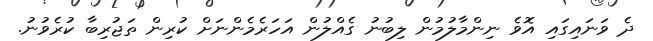
ދެ ވަނައިގައި އޮވެ ނިންމާލުމުން ލިބުނު ގެއްލުން އަހަރެމެންނަށް ކުރިން ތަޖުރިބާ ކުރެވުނު.